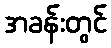
အခန်းတွင်